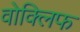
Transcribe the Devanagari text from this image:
वोक्लिफ